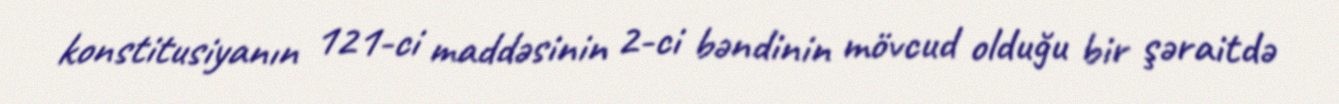
konstitusiyanın 121-ci maddəsinin 2-ci bəndinin mövcud olduğu bir şəraitdə